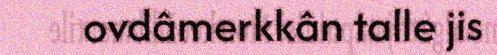
ovdâmerkkân talle jis